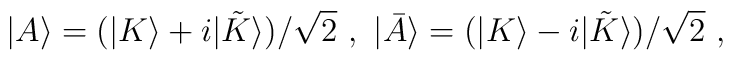
|A\rangle = (|K\rangle + i|{\tilde K}\rangle )/\sqrt{2}\ , \ |{\bar A}\rangle = (|K\rangle - i|{\tilde K}\rangle )/\sqrt{2}\ ,